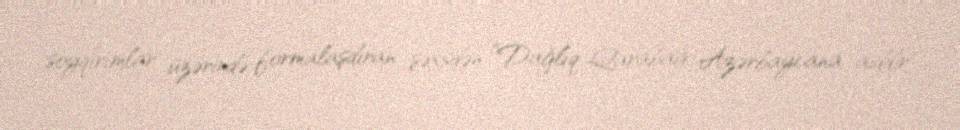
soyqırımlar üzərində formalaşdıran şəxsdən ”Dağlıq Qarabağ Azərbaycana aiddir"